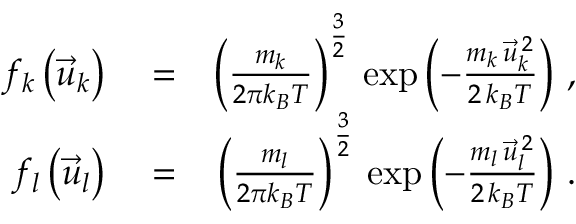
\begin{array} { r l r } { f _ { k } \left( \vec { u } _ { k } \right) } & { { } = } & { \left( \frac { m _ { k } } { 2 \pi k _ { B } T } \right) ^ { \frac { 3 } { 2 } } \, \exp \left( - \frac { m _ { k } \, \vec { u } _ { k } ^ { \, 2 } } { 2 \, k _ { B } T } \right) \, , } \\ { f _ { l } \left( \vec { u } _ { l } \right) } & { { } = } & { \left( \frac { m _ { l } } { 2 \pi k _ { B } T } \right) ^ { \frac { 3 } { 2 } } \, \exp \left( - \frac { m _ { l } \, \vec { u } _ { l } ^ { \, 2 } } { 2 \, k _ { B } T } \right) \, . } \end{array}